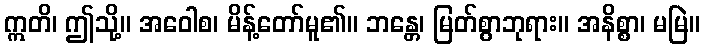
ဣတိ၊ ဤသို့။ အဝေါစ၊ မိန့်တော်မူ၏။ ဘန္တေ၊ မြတ်စွာဘုရား။ အနိစ္စာ၊ မမြဲ။